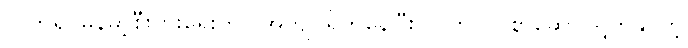
လက်ရှိ မြန်မာ့စီးပွားရေးဟာ အကျပ်ရိုက်နေပြီး လွတ်လပ်စွာဆောင်ရွက်နိုင်တဲ့